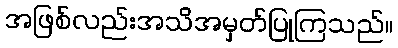
အဖြစ်လည်းအသိအမှတ်ပြုကြသည်။